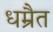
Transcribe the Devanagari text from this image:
धम्रैत